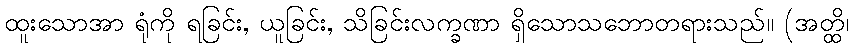
ထူးသောအာ ရုံကို ရခြင်း, ယူခြင်း, သိခြင်းလက္ခဏာ ရှိသောသဘောတရားသည်။ (အတ္ထိ၊